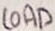
Text: LOAD